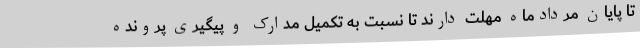
تا پایان مردادماه مهلت دارند تا نسبت به تکمیل مدارک و پیگیری پرونده